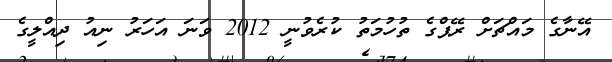
އޭނާގެ މައްޗަށް ރޭޕްގެ ތުހުމަތު ކުރެވުނީ 2012 ވަނަ އަހަރު ނިއު ދިއްލީގެ